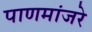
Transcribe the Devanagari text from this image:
पाणमांजरे